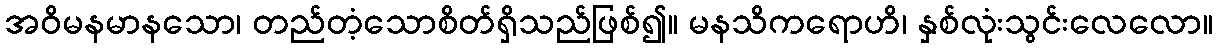
အဝိမနမာနသော၊ တည်တံ့သောစိတ်ရှိသည်ဖြစ်၍။ မနသိကရောဟိ၊ နှစ်လုံးသွင်းလေလော။